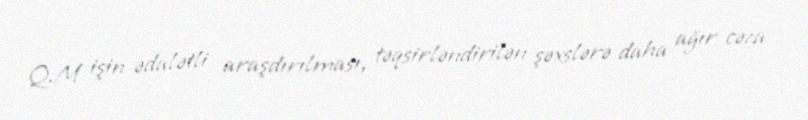
Q.M işin ədalətli araşdırılması, təqsirləndirilən şəxslərə daha ağır cəza